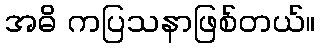
အဓိ ကပြသနာဖြစ်တယ်။